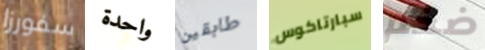
سفورزا واحدة طابقين سبارتاكوس ضخم